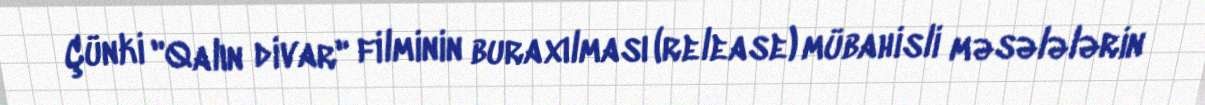
Çünki "Qalın divar" filminin buraxılması (release) mübahisli məsələlərin